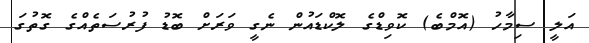
އަލީ ސިމާހު (އޮމްބެ) ކޮވިޑްގެ ލޮކްޑައުން ނެގީ ވަރަށް ބޮޑު ފުރުސަތެއްގެ ގޮތުގަ